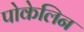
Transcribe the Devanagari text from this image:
पोकेलिन